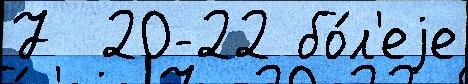
7  20-22 бо́л'еjе